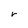
Character: r